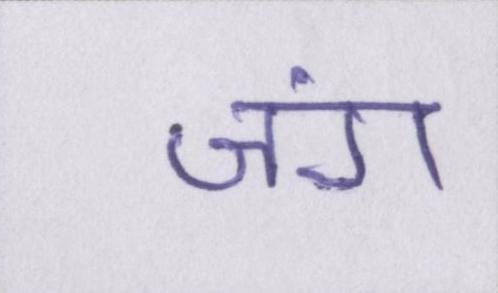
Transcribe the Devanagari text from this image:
जंग